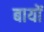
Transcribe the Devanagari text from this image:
बायों